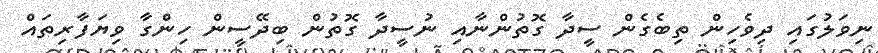
ނިވަލުގައި ދިވެހިން ތިބެގެން ސީދާ ގޮތުންނާއި ނުސީދާ ގޮތުން ބިދޭސީން ހިންގާ ވިޔަފާރިތައް